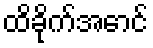
ထိခိုက်အောင်